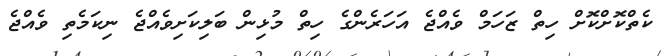
ކެތްކޮށްކޮށް ހިތް ޒަހަމް ވެއްޖެ އަހަރެންގެ ހިތް މުޅިން ބަލިކަށިވެއްޖެ ނިކަމެތި ވެއްޖެ